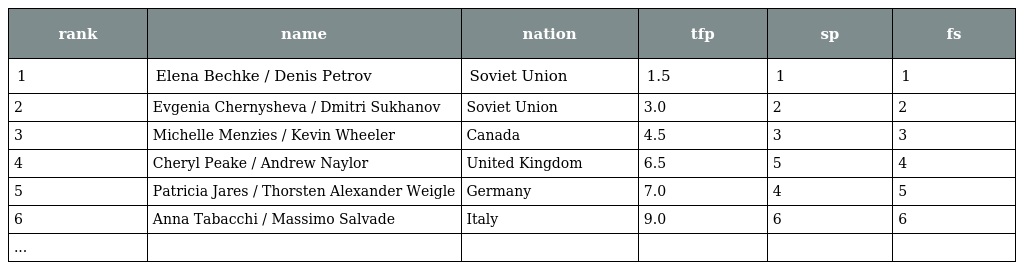
| rank | name | nation | tfp | sp | fs |
 | --- | --- | --- | --- | --- | --- |
 | 1 | Elena Bechke / Denis Petrov | Soviet Union | 1.5 | 1 | 1 |
 | 2 | Evgenia Chernysheva / Dmitri Sukhanov | Soviet Union | 3.0 | 2 | 2 |
 | 3 | Michelle Menzies / Kevin Wheeler | Canada | 4.5 | 3 | 3 |
 | 4 | Cheryl Peake / Andrew Naylor | United Kingdom | 6.5 | 5 | 4 |
 | 5 | Patricia Jares / Thorsten Alexander Weigle | Germany | 7.0 | 4 | 5 |
 | 6 | Anna Tabacchi / Massimo Salvade | Italy | 9.0 | 6 | 6 |
 | ... |  |  |  |  |  |